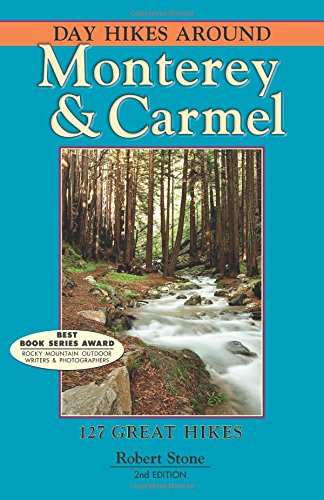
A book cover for Day Hikes Around Monterey and Carmel; Robert Stone; Travel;